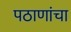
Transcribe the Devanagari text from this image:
पठाणांचा